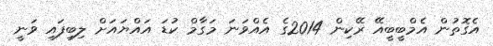
އެގޮތުން އެމްބީބީއޭ ރޭކިން 2014ގެ އެއްވަނަ މަގާމް ކުޑަ އައްޔައަށް ލިބިފައި ވަނީ